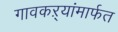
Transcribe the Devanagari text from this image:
गावकऱ्यांमार्फत